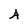
Character: A